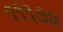
૧૧૧૭૨